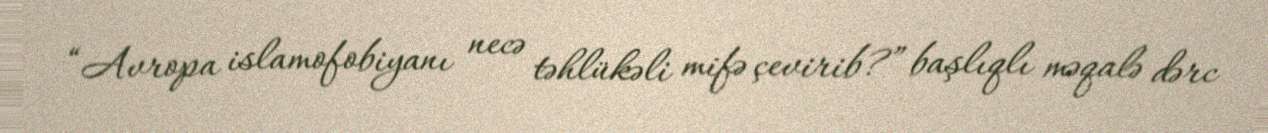
“Avropa islamofobiyanı necə təhlükəli mifə çevirib?” başlıqlı məqalə dərc